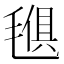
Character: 𣯒